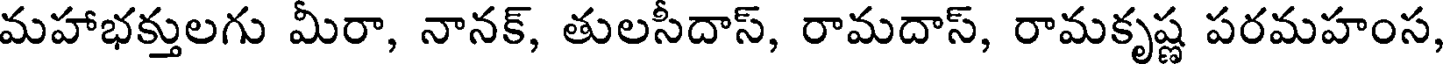
మహాభక్తులగు మీరా, నానక్, తులసీదాస్, రామదాస్, రామకృష్ణ పరమహంస,